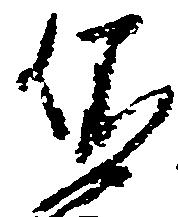
依